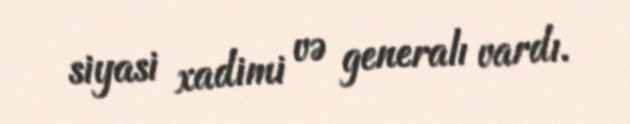
siyasi xadimi və generalı vardı.